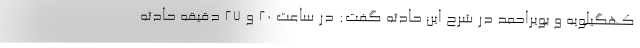
کهگیلویه و بویراحمد در شرح این حادثه گفت: در ساعت ۲۰ و ۲۷ دقیقه حادثه